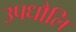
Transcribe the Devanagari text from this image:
उपधौलि